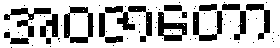
အဝဇာတော